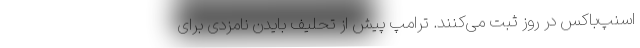
اسنپ‌باکس در روز ثبت می‌کنند. ترامپ پیش از تحلیف بایدن نامزدی برای